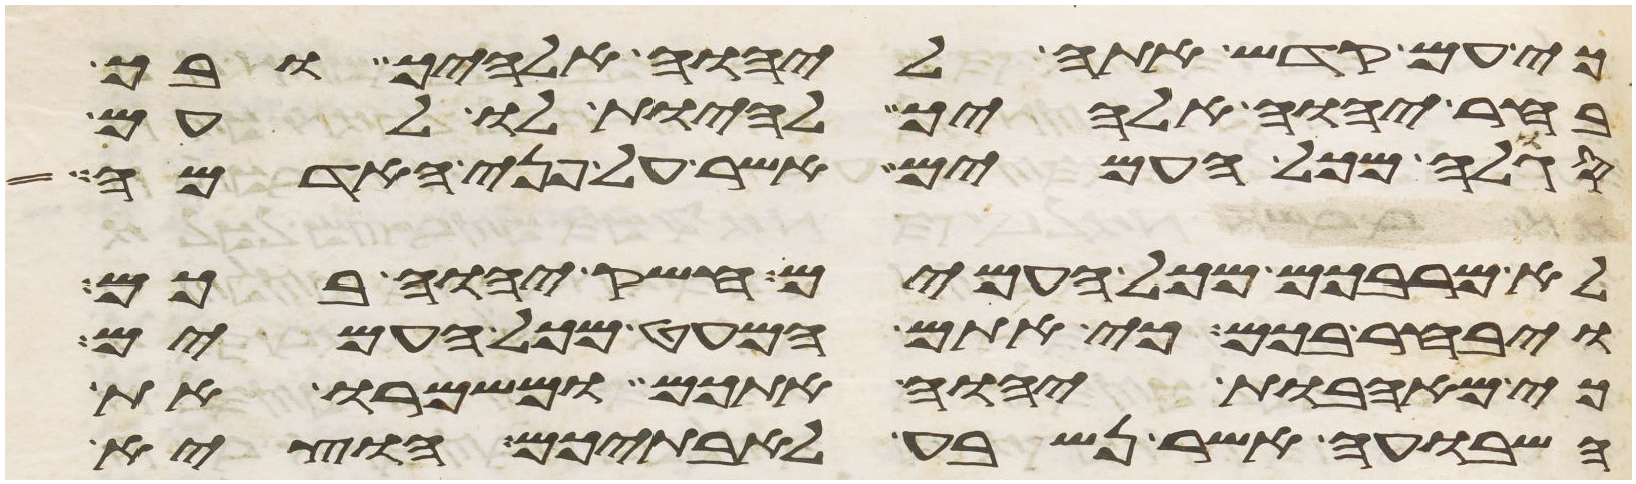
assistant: כי עם קדש אתה ליהוה אלהיך ובך
בחר יהוה אלהיך להיות לו לעם
סגלה מכל העמים אשר על פני האדמה
לא מרבכם מכל העמים חשק יהוה בכם
ויבחר בכם כי אתם המעט מכל העמים
כי מאהבת יהוה אתכם ומשמרו את
השבועה אשר נשבע לאבתיכם הוציא